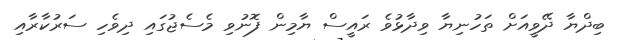
ބިދްޔާ ދޭވީއަށް ތަހުނިޔާ ވިދާޅުވެ ރައީސް ޔާމިން ފޮނުވި މެސެޖުގައި ދިވެހި ސަރުކާރާއި